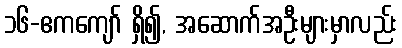
၁၆-ဧကကျော် ရှိ၍, အဆောက်အဦးများမှာလည်း